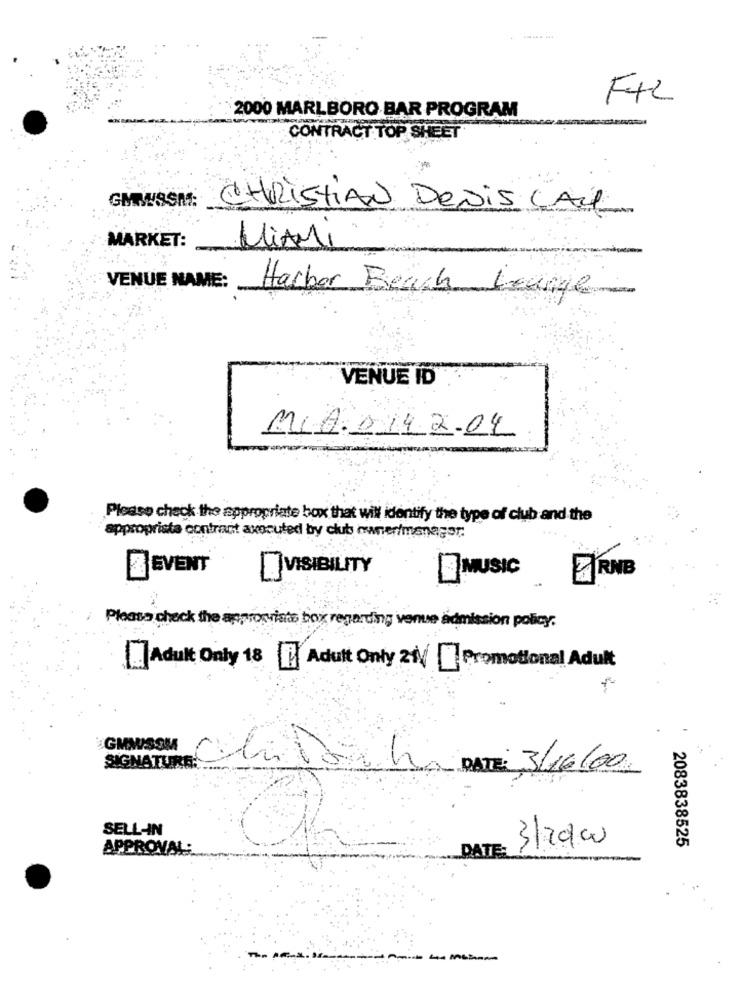
F+2
2000 MARLBORO BAR PROGRAM
-
CONTRACT TOP SHEET
GMMISSA: CHRISTIAN DENis CALL
MARKET:
MiAMi
VENUE NAME:
Harbor Beach Lounge
VENUE ID
110.0142.04
Please check the appropriate box that will identify the type of club and the
appropriste contrast axocuted by club owner/manager.
& EVENT
MUSIC
RNB
[] VISIBILITY
Please check the appropriate box regarding venue admission policy.
Adult Only 18 1 Adult Only 21| Promotional Adult
GMWSOM
SIGNATURE ...
DATE: 3/16/00
SELL-IN
3/20/00
APPROVAL:
DATE:
2083838525